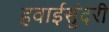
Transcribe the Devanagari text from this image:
हवाईसुंदरी